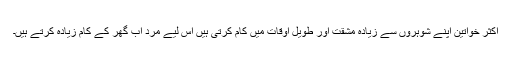
اکثر خواتین اپنے شوہروں سے زیادہ مشقت اور طویل اوقات میں کام کرتی ہیں اس لیے مرد اب گھر کے کام زیادہ کرتے ہیں۔